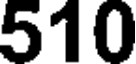
510